Report on sanitation, dispensaries, and jails in Rajputana for 1920, and on vaccination for the year 1920-1921 - 1920-1921
Year: 1920
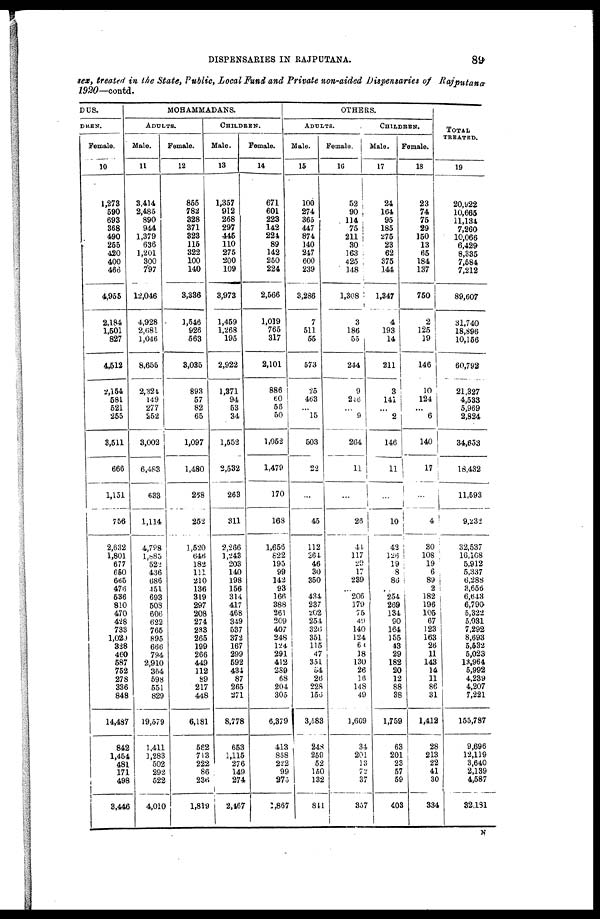
DISPENSARIES IN RAJPUTANA.
89
sex, treated in the State, Public, Local Fund and Private non-aided Dispensaries of Rajputana
1920—contd.
DUS.
DREN.
Female.
10
1,273
590
693
368
490
255
420
400
466
4,955
2,184
1,501
827
4,512
2,154
581
521
255
3,511
666
1,151
756
2,632
1,801
677
650
665
476
536
810
470
428
733
l,020
328
460
587
752
278
336
848
14,487
842
1,454
481
171
498
3,446
MOHAMMADANS.
ADULTS.
Male.
11
3,414
2,485
890
944
1,379
636
1,201
300
797
12,046
4,928
2,681
1,046
8,655
2,324
149
277
252
3,002
6,483
633
1,114
4,798
1,885
522
436
686
451
693
508
606
622
765
895
666
794
2,910
364
598
551
829
19,579
1,411
1,283
502
292
522
4,010
Female.
12
855
782
328
371
323
115
322
100
140
3,336
1,546
926
563
3,035
893
57
82
65
1,097
1,480
258
252
1,520
646
182
111
210
136
319
297
208
274
233
265
199
266
449
112
89
217
448
6,181
562
713
222
86
236
1,819
CHILDREN.
Male.
13
1,357
912
268
297
445
110
275
200
109
3,973
1,459
1,268
195
2,922
1,371
94
53
34
1,552
2,532
263
311
2,266
1,243
203
140
198
156
314
417
468
349
537
372
167
299
592
434
87
265
271
8,778
653
1,115
276
149
274
2,467
Female.
14
671
601
223
142
224
89
142
250
224
2,566
1,019
765
317
2,101
886
60 56
50
1,052
1,479
170
168
1,656
822
195
99
142
93
166
388
261
209
407
248
124
291
412
289
68
204
305
6,379
413
858
222
99
275
1,867
OTHERS.
ADULTS.
Male.
15
100
274
365
447
874
140
247
600
239
3,286
7
511
55
573
25
463
...
15
503
22
...
45
112
264
46
30
350
...
434
237
202
254
326
351
115
47
351
54
26
228
156
3,583
248
259
52
150
132
811
Female.
16
52
90
114
75
211
30
163
425
148
1,308
3
186
55
244
9
246
...
9
264
11
...
26
41
117
29
17
239
...
206
179
75
49
140
124
61
18
130
26
16
148
49
1,669
34
201
13
72
37
357
CHILDREN.
Male.
17
24
164
95
185
275
23
62
375
144
1,347
4
193
14
211
3
141
...
2
146
11
...
10
42
126
19
8
86
...
254
269
134
90
164
155
43
29
182
20
12
88
38
1,759
63
201
23
57
59
403
Female.
18
23
74
75
29
150
13
65
184
137
750
2
125
19
146
10
124
...
6
140
17
...
4
30
108
19
6
89
2
182
196
105
67
123
163
26
11
143
14
11
86
31
1,412
28
213
22
41
30
334
TOTAL
TREATED.
19
20,922
10,665
11,134
7,260
10,066
6,429
8,335
7,584
7,212
89,607
31,740
18,896
10,156
60,792
21,327
4,533
5,969
2,824
34,653
18,432
11,593
9,232
32,537
16,108
5,912
5,337
6,288
3,656
6,643
6,790
5,322
5,031
7,292
8,693
5,532
5,023
13,964
5,992
4,239
4,207
7,221
155,787
9,696
12,119
3,640
2,139
4,587
32,181
N